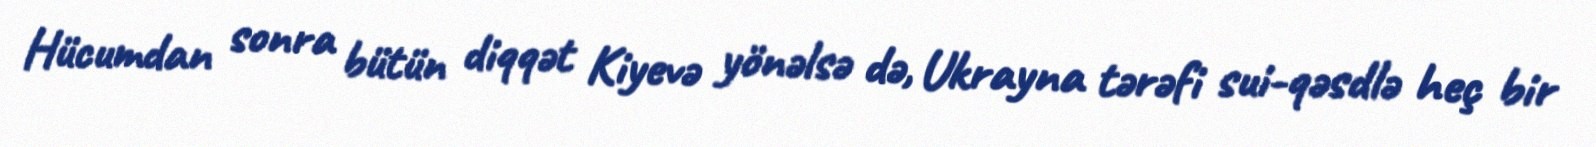
Hücumdan sonra bütün diqqət Kiyevə yönəlsə də, Ukrayna tərəfi sui-qəsdlə heç bir